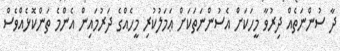
ދާ ސުންނަތެއް ދިރުވާ މީހަކަށް އެސުންނަތަކަށް ޢަމަލުކުރި މީހެއްގެ ދަރުމައިން އެންމެ ތަންކޮޅެއްވެސް